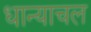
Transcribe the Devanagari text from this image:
धान्याचल